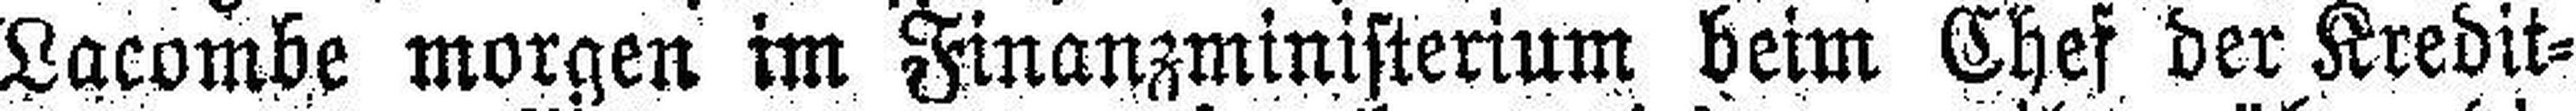
Lacombe morgen im Finanzministerium beim Chef der Kredit¬